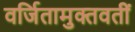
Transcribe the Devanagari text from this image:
वर्जितामुक्तवतीं